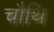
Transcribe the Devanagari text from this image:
चौथि